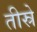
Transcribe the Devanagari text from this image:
तीस्रे